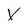
Character: v